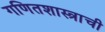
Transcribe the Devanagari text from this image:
गणितशास्त्राची